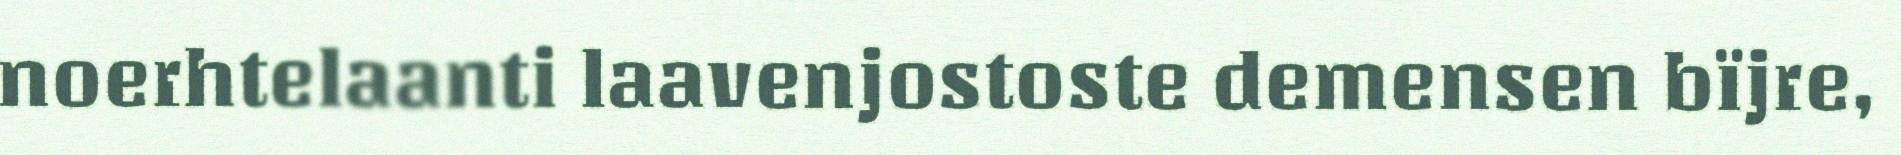
noerhtelaanti laavenjostoste demensen bïjre,